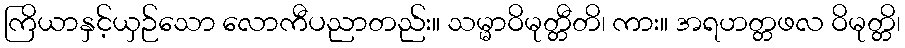
ကြိယာနှင့်ယှဉ်သော လောကီပညာတည်း။ သမ္မာဝိမုတ္တီတိ၊ ကား။ အရဟတ္တဖလ ဝိမုတ္တိ၊